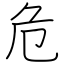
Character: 危